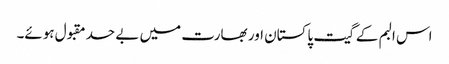
اس البم کے گیت پاکستان اور بھارت میں بے حد مقبول ہوئے۔